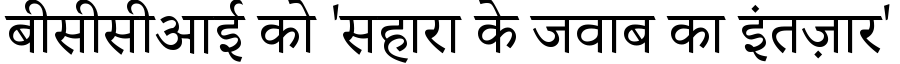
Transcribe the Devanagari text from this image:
बीसीसीआई को 'सहारा के जवाब का इंतज़ार'